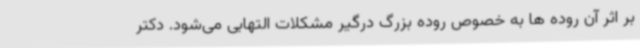
بر اثر آن روده ها به خصوص روده بزرگ درگیر مشکلات التهابی می‌شود. دکتر